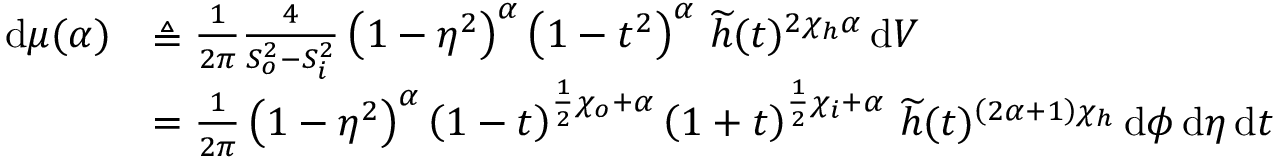
\begin{array} { r l } { \, \mathrm { d } \mu ( \alpha ) } & { \triangleq \frac { 1 } { 2 \pi } \frac { 4 } { S _ { o } ^ { 2 } - S _ { i } ^ { 2 } } \left( 1 - \eta ^ { 2 } \right) ^ { \alpha } \left( 1 - t ^ { 2 } \right) ^ { \alpha } \, \widetilde { h } ( t ) ^ { 2 \chi _ { h } \alpha } \, \mathrm { d } V } \\ & { = \frac { 1 } { 2 \pi } \left( 1 - \eta ^ { 2 } \right) ^ { \alpha } \left( 1 - t \right) ^ { \frac { 1 } { 2 } \chi _ { o } + \alpha } \left( 1 + t \right) ^ { \frac { 1 } { 2 } \chi _ { i } + \alpha } \, \widetilde { h } ( t ) ^ { \left( 2 \alpha + 1 \right) \chi _ { h } } \, \mathrm { d } \phi \, \mathrm { d } \eta \, \mathrm { d } t } \end{array}